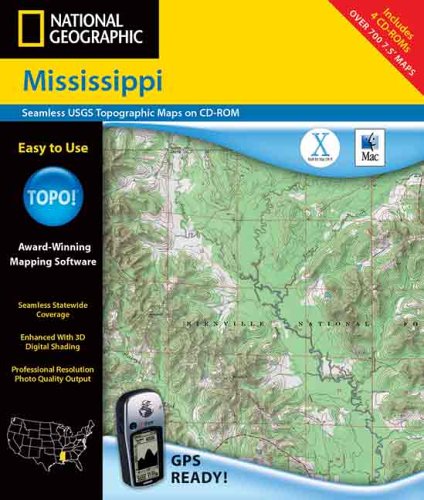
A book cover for National Geographic Mississippi: Seamless Usgs Topographic Maps; Rand McNally; Travel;